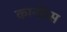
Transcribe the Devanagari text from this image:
कान्फ़्रेंस